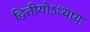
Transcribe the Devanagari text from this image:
द्वितीयोऽध्यायः